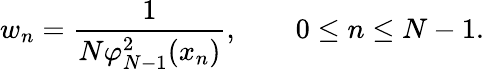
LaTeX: w_{n}=\frac{1}{N\varphi_{N-1}^{2}(x_{n})},\qquad 0\leq n\leq N-1.